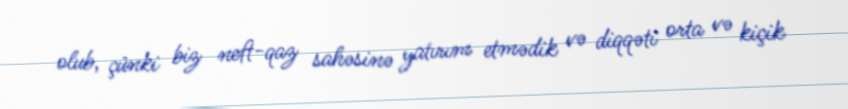
olub, çünki biz neft-qaz sahəsinə yatırım etmədik və diqqəti orta və kiçik